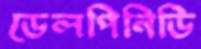
ডেলপিনিডি